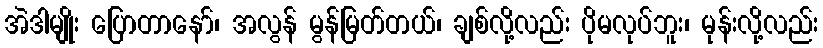
အဲဒါမျိုး ပြောတာနော်၊ အလွန် မွန်မြတ်တယ်၊ ချစ်လို့လည်း ပိုမလုပ်ဘူး၊ မုန်းလို့လည်း